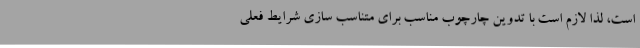
است، لذا لازم است با تدوین چارچوب مناسب برای متناسب سازی شرایط فعلی